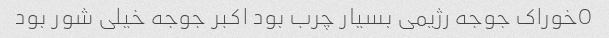
Oخوراک جوجه رژیمی بسیار چرب بود اکبر جوجه خیلی شور بود